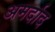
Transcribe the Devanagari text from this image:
अमर्दाद